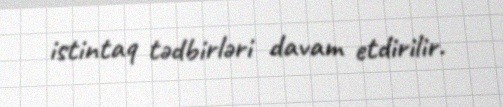
istintaq tədbirləri davam etdirilir.